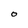
Character: O